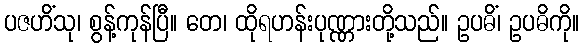
ပဇဟိံသု၊ စွန့်ကုန်ပြီ။ တေ၊ ထိုရဟန်းပုဏ္ဏားတို့သည်။ ဥပဓိံ၊ ဥပဓိကို။